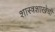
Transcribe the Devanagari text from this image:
शास्त्रशाखेची